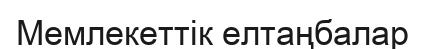
Мемлекеттік елтаңбалар